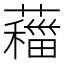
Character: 𦿨